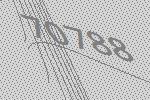
70788